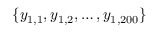
\{ y _ { 1 , 1 } , y _ { 1 , 2 } , \dots , y _ { 1 , 2 0 0 } \}